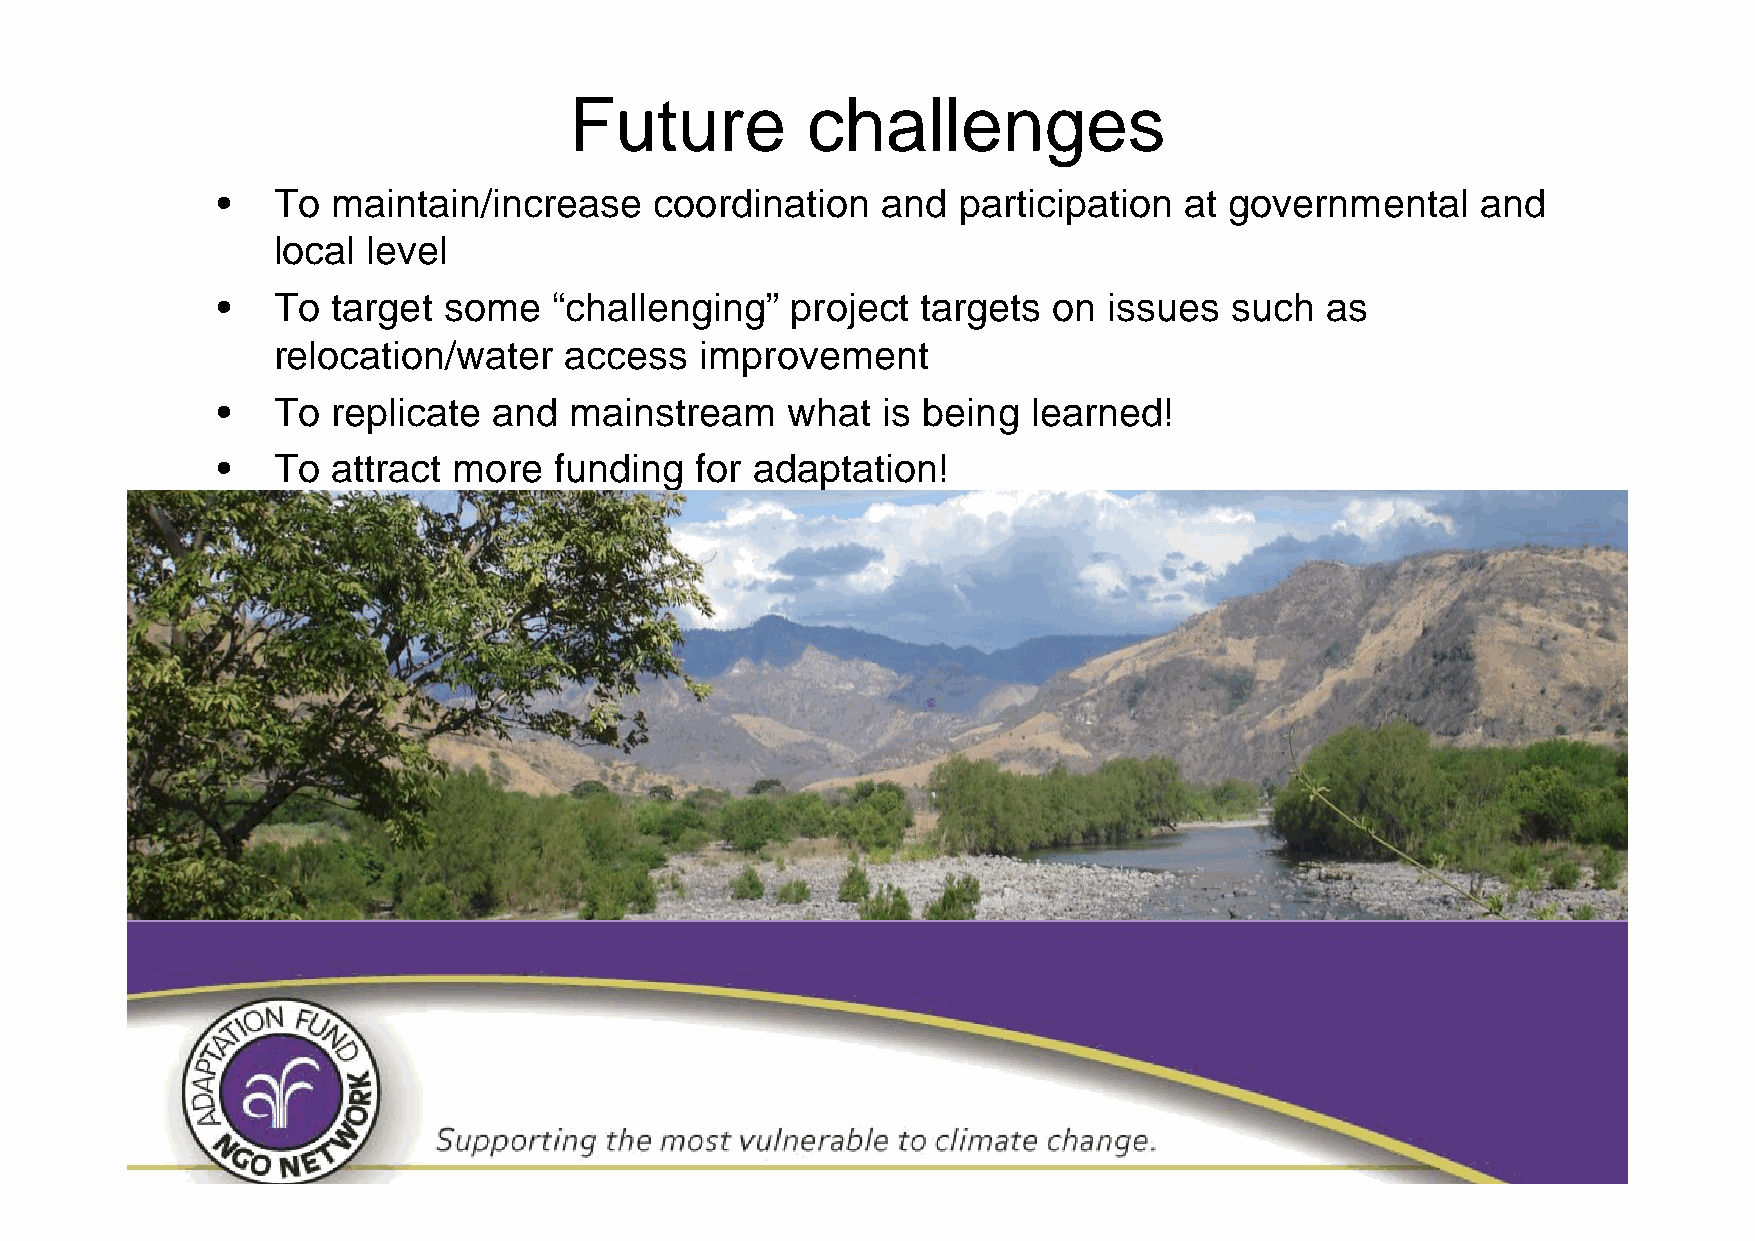
Future         challenges
 •   To  maintain/increase    coordination   and  participation  at governmental     and
 local level
 •   To  target some    “challenging”  project  targets  on issues   such  as
 relocation/water   access   improvement
 •   To  replicate  and  mainstream    what  is being  learned!
 •   To  attract more   funding  for adaptation!